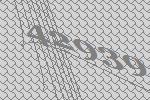
42939